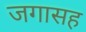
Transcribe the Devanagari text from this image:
जगासह